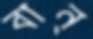
বান্